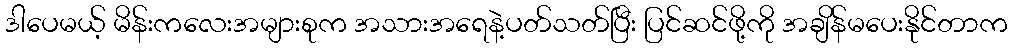
ဒါပေမယ့် မိန်းကလေးအများစုက အသားအရေနဲ့ပတ်သတ်ပြီး ပြင်ဆင်ဖို့ကို အချိန်မပေးနိုင်တာက